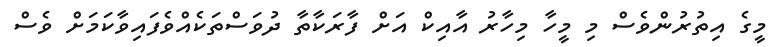
މީގެ އިތުރުންވެސް މި މީހާ މިހާރު އާއިކް އަށް ފާރަކާތާ ދުވަސްތަކެއްވެފައިވާކަމަށް ވެސް